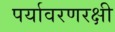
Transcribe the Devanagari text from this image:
पर्यावरणरक्षी